Vaccination in Bombay 1874-1876 - 1874-1876
Year: 1874
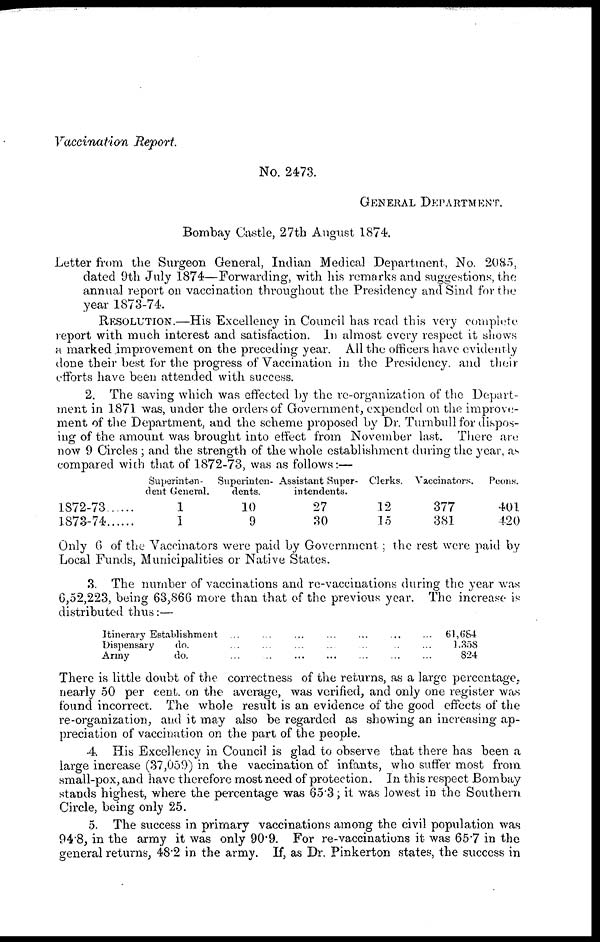
Vaccination Report.
No. 2473.
GENERAL DEPARTMENT.
Bombay Castle, 27th August 1874.
Letter from the Surgeon General, Indian Medical Department, No. 2085,
dated 9th July 1874—Forwarding, with his remarks and suggestions, the
annual report on vaccination throughout the Presidency and Sind for the
year 1873-74.
RESOLUTION.—His Excellency in Council has read this very complete
report with much interest and satisfaction. In almost every respect it shows
a marked improvement on the preceding year. All the officers have evidently
done their best for the progress of Vaccination in the Presidency. and their
efforts have been attended with success.
2. The saving which was effected by the re-organization of the Depart-
ment in 1871 was, under the orders of Government, expended on the improve-
ment of the Department, and the scheme proposed by Dr. Turnbull for dispos-
ing of the amount was brought into effect from November last. There are
now 9 Circles ; and the strength of the whole establishment during the year, as
compared with that of 1872-73, was as follows:—
1872-73
1873-74 .....
Superinten-
dent General.
1
1
Superinten-
dents.
10
9
Assistant Super-
intendents.
27
30
Clerks.
12
15
Vaccinators.
377
381
Peons.
401
420
Only 6 of the Vaccinators were paid by Government ; the rest were paid by
Local Funds, Municipalities or Native States.
3. The number of vaccinations and re-vaccinations during the year was
6,52,223, being 63,866 more than that of the previous year. The increase is
distributed thus:—
Itinerary Establishment ... ... ... ... ... ... ...
Dispensary
do. ... ... ... ... ... ... ...
Army
do. ... ... ... ... ... ... ...
61,684
1,358
824
There is little doubt of the correctness of the returns, as a large percentage,
nearly 50 per cent. on the average, was verified, and only one register was
found incorrect. The whole result is an evidence of the good effects of the
re-organization, and it may also be regarded as showing an increasing ap-
preciation of vaccination on the part of the people.
4. His Excellency in Council is glad to observe that there has been a
large increase (37,059) in the vaccination of infants, who suffer most from
small-pox, and have therefore most need of protection. In this respect Bombay
stands highest, where the percentage was 65.3; it was lowest in the Southern
Circle, being only 25.
5. The success in primary vaccinations among the civil population was
94.8, in the army it was only 90.9. For re-vaccinations it was 65.7 in the
general returns, 48.2 in the army. If, as Dr. Pinkerton states, the success in